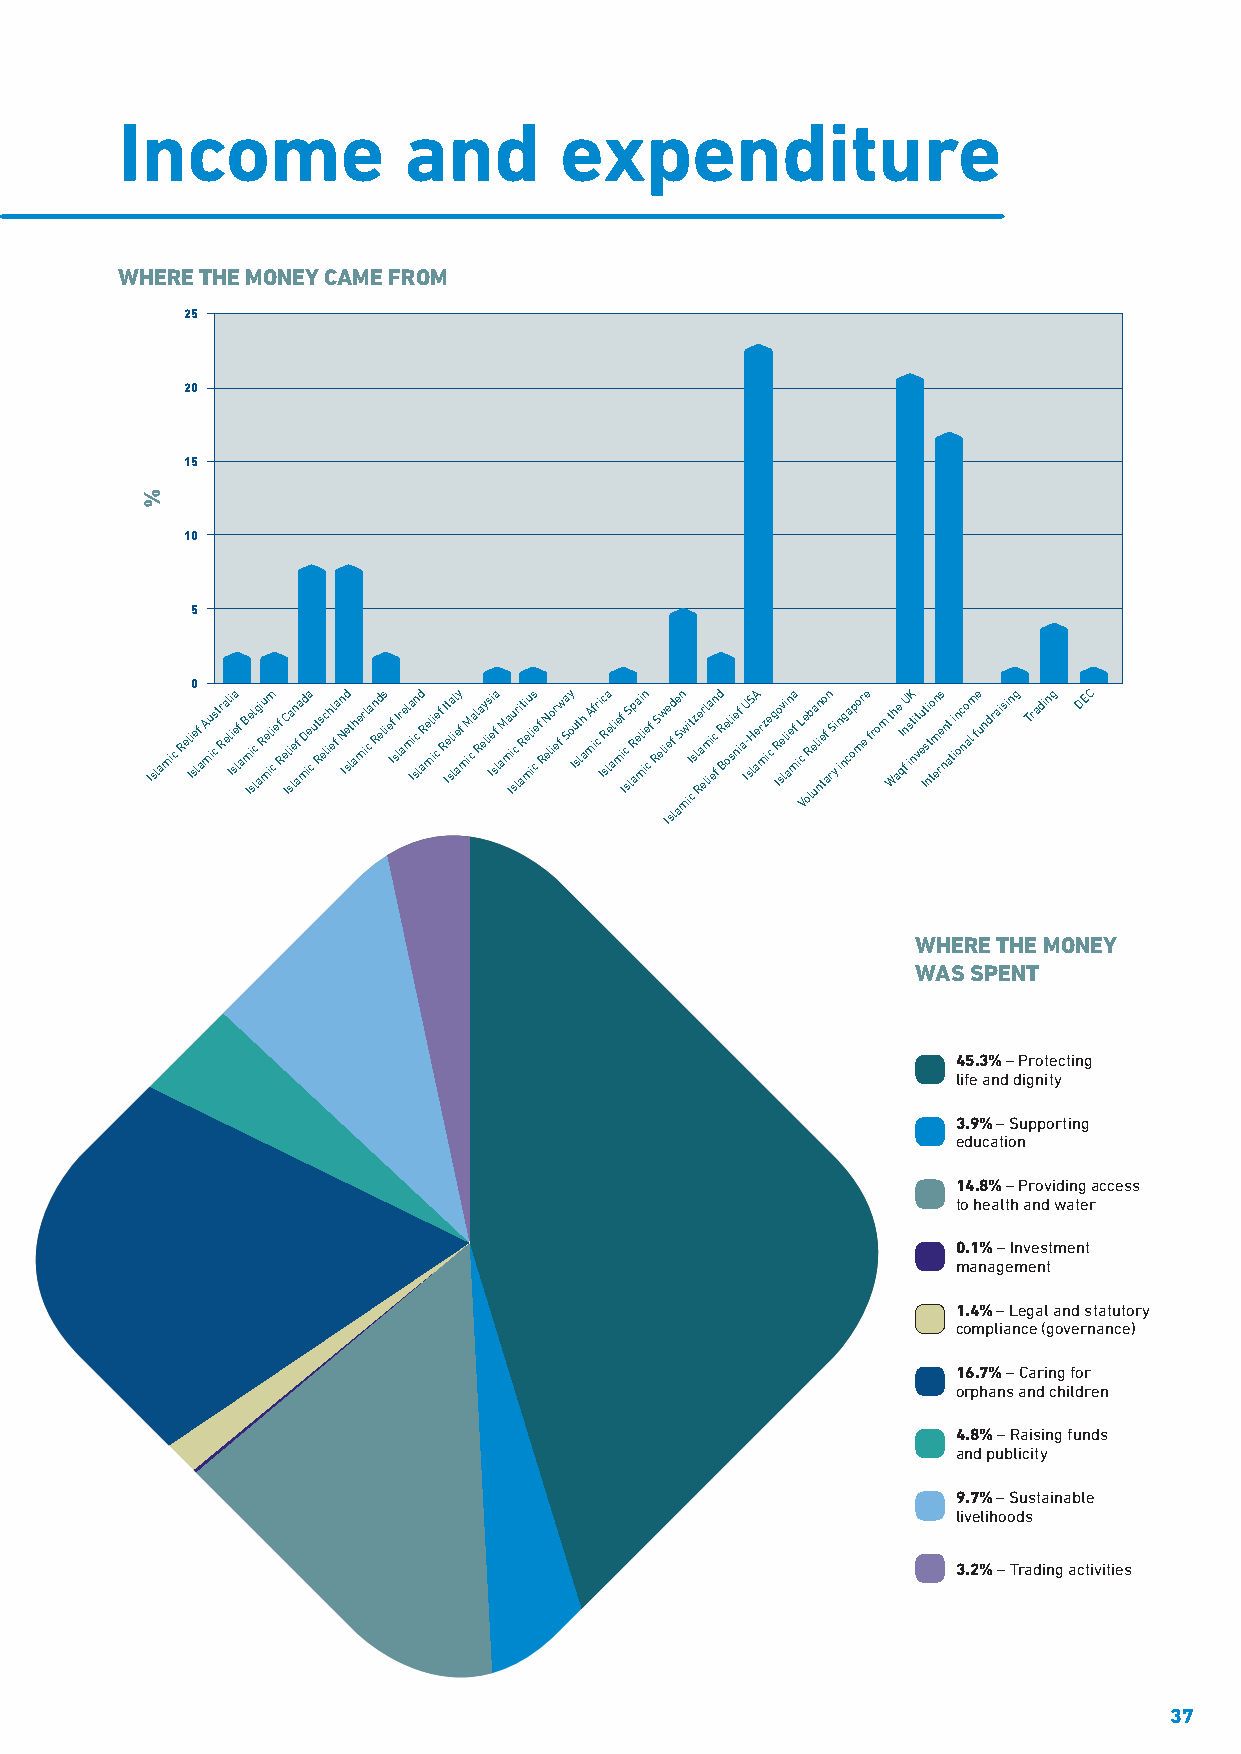
Income             and       expenditure
 WHERE THE MONEY CAME FROM
 25
 20
 15
 10
 5
 0
 Islamic Rel Ii se lf aA miu cs tr Ra el l Ii i sa e lf aB Ime i sl lc g ai Ru me ilim c ef R e IC li sa len af a mDd iea c ut Rs ec lih el f an N Id e slt ahe mr il ca n Rd els ie If sI lr ael m Ia i scn l d aRe ml ii ce f RI It e sla lil aey f miM c al Ra ey lis Ii e sfa l aMa m Iiu sc lr i at Ri e mu l iis ce f ReN lior ef w Say o Iu st lh a A mifr ci Ic R sla el aie mf i
 I
 c
 s
 S lRp aeai l mi in e cf RS elw ie efd e Sn mw ii It
 c
 sz l Re ar el lima i ecn f d R Be oli se nif a IU - slS H aeA r mz ie c g IRo sev lli i an efa m iL c
 V
 e oR lb e ua li nn teo f
 a
 n rS yi in ng ca opo mr ee from t Wh ae I qfn U isK t ni vt eu It si nt to emn res nnt a ti in oc no al m fe undraising Trading DEC
 Isla
 WHERE THE MONEY
 WAS SPENT
 45.3% – Protecting
 life and dignity
 3.9% – Supporting
 education
 14.8% – Providing access
 to health and water
 0.1% – Investment
 management
 1.4% – Legal and statutory
 compliance (governance)
 16.7% – Caring for
 orphans and children
 4.8% – Raising funds
 and publicity
 9.7% – Sustainable
 livelihoods
 3.2% – Trading activities
 37
 %